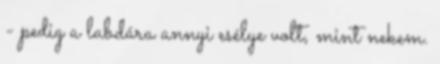
- pedig a labdára annyi esélye volt, mint nekem.